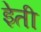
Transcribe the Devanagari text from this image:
इेती